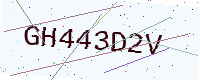
Text: GH443D2V